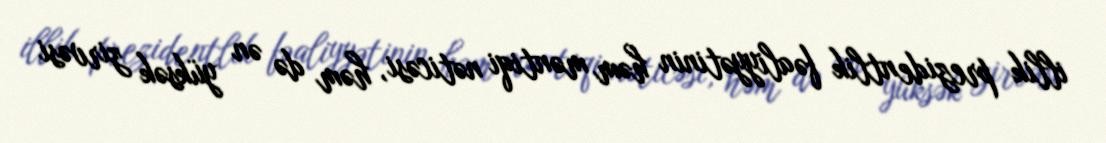
illik prezidentlik fəaliyyətinin həm məntiqi nəticəsi, həm də ən yüksək zirvəsi